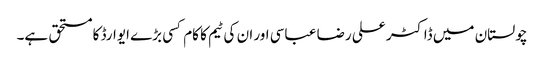
چولستان میں ڈاکٹر علی رضا عباسی اور ان کی ٹیم کا کام کسی بڑے ایوارڈ کا مستحق ہے۔